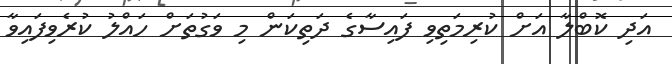
އަދި ކޮބްލާ އަށް ކުރިމަތިވި ފައިސާގެ ދަތިކަން މި ވަގުތަށް ހައްލު ކުރެވިފައިވާ